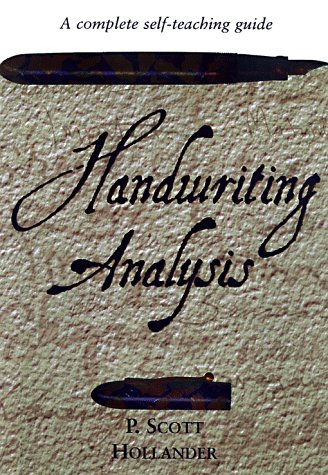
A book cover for Handwriting Analysis: A complete self-teaching guide; P. Scott Hollander; Self-Help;